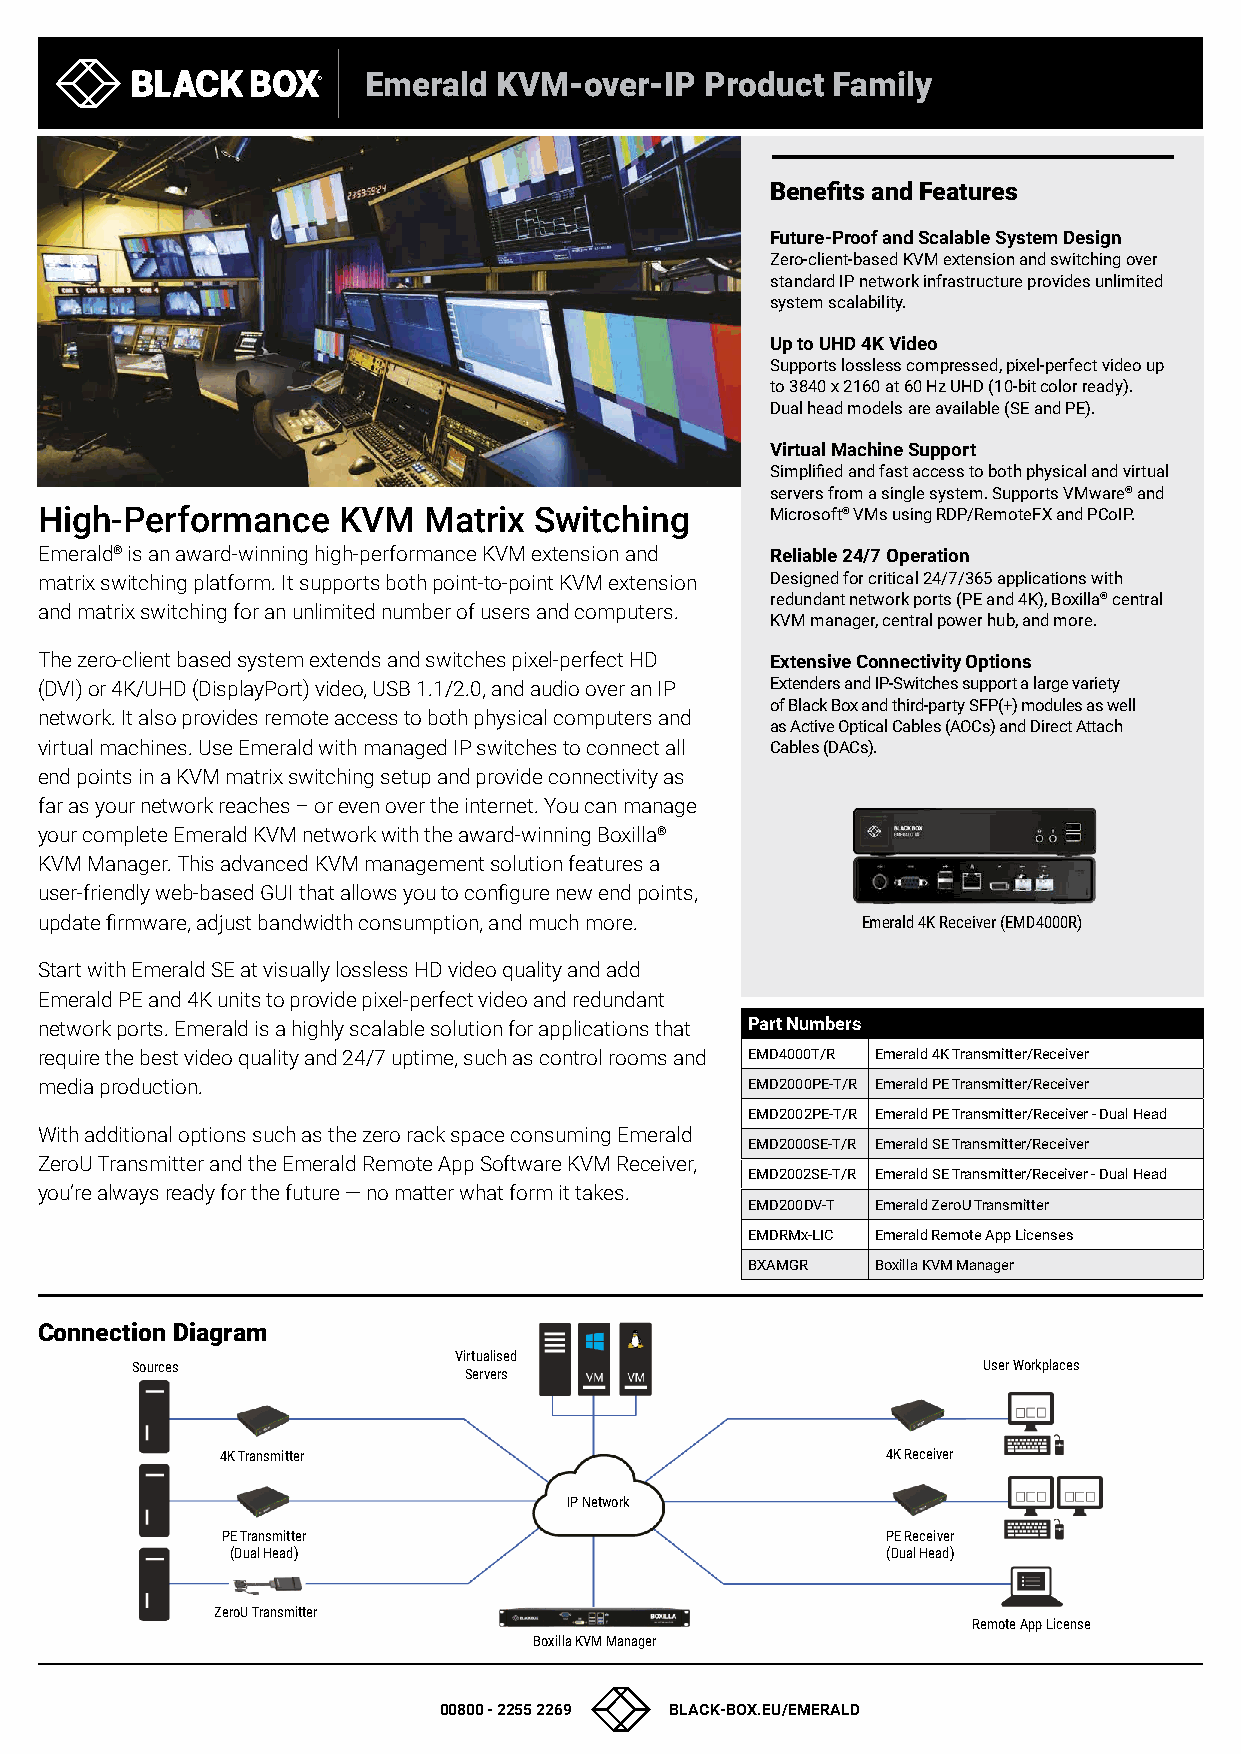
Emerald  KVM-over-IP   Product Family
 Benefits and Features
 Future-Proof and Scalable System Design
 Zero-client-based KVM extension and switching over
 standard IP network infrastructure provides unlimited
 system scalability.
 Up to UHD 4K Video
 Supports lossless compressed, pixel-perfect video up
 to 3840 x 2160 at 60 Hz UHD (10-bit color ready).
 Dual head models are available (SE and PE).
 Virtual Machine Support
 Simplified and fast access to both physical and virtual
 servers from a single system. Supports VMware® and
 High-Performance   KVM   Matrix Switching       Microsoft® VMs using RDP/RemoteFX and PCoIP.
 Emerald® is an award-winning high-performance KVM extension and Reliable 24/7 Operation
 matrix switching platform. It supports both point-to-point KVM extension Designed for critical 24/7/365 applications with
 redundant network ports (PE and 4K), Boxilla® central
 and matrix switching for an unlimited number of users and computers.
 KVM manager, central power hub, and more.
 The zero-client based system extends and switches pixel-perfect HD Extensive Connectivity Options
 (DVI) or 4K/UHD (DisplayPort) video, USB 1.1/2.0, and audio over an IP Extenders and IP-Switches support a large variety
 of Black Box and third-party SFP(+) modules as well
 network. It also provides remote access to both physical computers and
 as Active Optical Cables (AOCs) and Direct Attach
 virtual machines. Use Emerald with managed IP switches to connect all Cables (DACs).
 end points in a KVM matrix switching setup and provide connectivity as
 far as your network reaches – or even over the internet. You can manage
 your complete Emerald KVM network with the award-winning Boxilla®
 KVM Manager. This advanced KVM management solution features a
 user-friendly web-based GUI that allows you to configure new end points,
 update firmware, adjust bandwidth consumption, and much more. Emerald 4K Receiver (EMD4000R)
 Start with Emerald SE at visually lossless HD video quality and add
 Emerald PE and 4K units to provide pixel-perfect video and redundant
 network ports. Emerald is a highly scalable solution for applications that Part Numbers
 require the best video quality and 24/7 uptime, such as control rooms and EMD4000T/R Emerald 4K Transmitter/Receiver
 media production.                              EMD2000PE-T/R Emerald PE Transmitter/Receiver
 EMD2002PE-T/R Emerald PE Transmitter/Receiver - Dual Head
 With additional options such as the zero rack space consuming Emerald
 EMD2000SE-T/R Emerald SE Transmitter/Receiver
 ZeroU Transmitter and the Emerald Remote App Software KVM Receiver,
 EMD2002SE-T/R Emerald SE Transmitter/Receiver - Dual Head
 you’re always ready for the future — no matter what form it takes.
 EMD200DV-T Emerald ZeroU Transmitter
 EMDRMx-LIC Emerald Remote App Licenses
 BXAMGR  Boxilla KVM Manager
 Connection Diagram
 Virtualised
 Sources                                                 User Workplaces
 Servers
 4K Transmitter                              4K Receiver
 IP Network
 PE Transmitter                              PE Receiver
 (Dual Head)                                 (Dual Head)
 ZeroU Transmitter
 Remote App License
 Boxilla KVM Manager
 00800 - 2255 2269 BLACK-BOX.EU/EMERALD